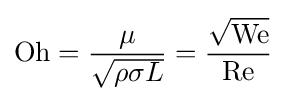
\mathrm {Oh} ={\frac {\mu }{\sqrt {\rho \sigma L}}}={\frac {\sqrt {\mathrm {We} }}{\mathrm {Re} }}